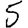
Digit: 5